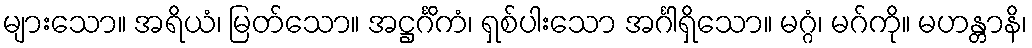
များသော။ အရိယံ၊ မြတ်သော။ အဋ္ဌင်္ဂိကံ၊ ရှစ်ပါးသော အင်္ဂါရှိသော။ မဂ္ဂံ၊ မဂ်ကို။ မဟန္တာနိ၊